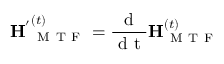
\mathbf { H ^ { ' } } _ { \mathrm { ~ M ~ T ~ F ~ } } ^ { ( t ) } = \frac { \mathrm { ~ d ~ } } { \mathrm { ~ d ~ t ~ } } \mathbf { H } _ { \mathrm { ~ M ~ T ~ F ~ } } ^ { ( t ) }